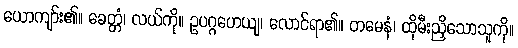
ယောကျာ်း၏။ ခေတ္တံ၊ လယ်ကို။ ဥပဂ္ဂဟေယျ၊ လောင်ရာ၏။ တမေနံ၊ ထိုမီးညှိသောသူကို။